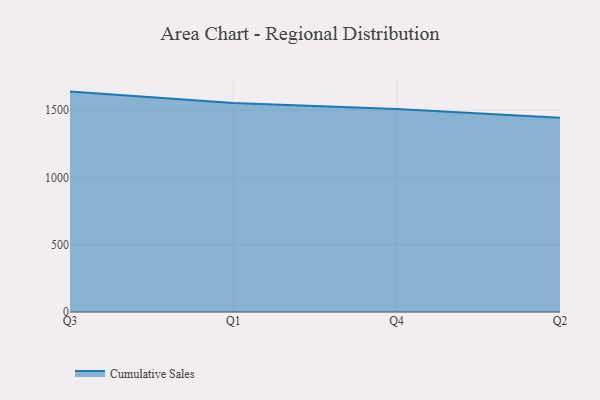
{"axis": {"x": "Quarter", "y": "Tickets Resolved"}, "legend": ["Cumulative Sales"], "data": [{"x": "Q3", "y": 1638.5, "type": "Cumulative Sales"}, {"x": "Q1", "y": 1553.4, "type": "Cumulative Sales"}, {"x": "Q4", "y": 1508.6, "type": "Cumulative Sales"}, {"x": "Q2", "y": 1443.6, "type": "Cumulative Sales"}]}